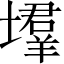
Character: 𡑳